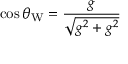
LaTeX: \cos \theta _ { \mathrm { W } } = { \frac { g } { \sqrt { g ^ { 2 } + g ^ { 2 } } } } \qquad